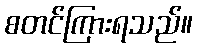
စတင်ကြားရသည်။